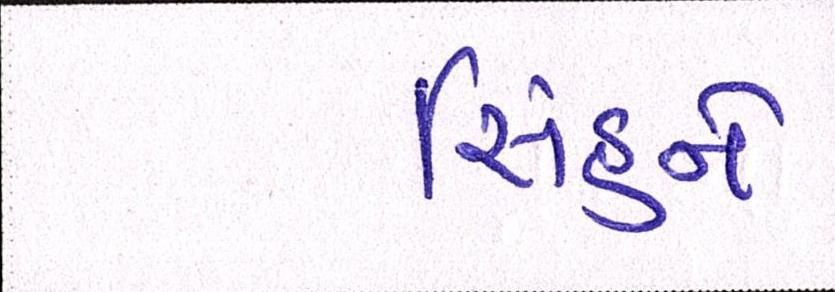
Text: સિંહને